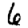
Digit: 6